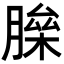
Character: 𦟅